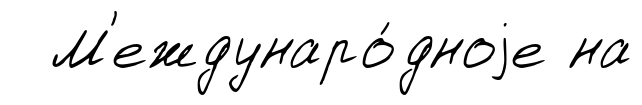
М'еждунаро́дноjе на